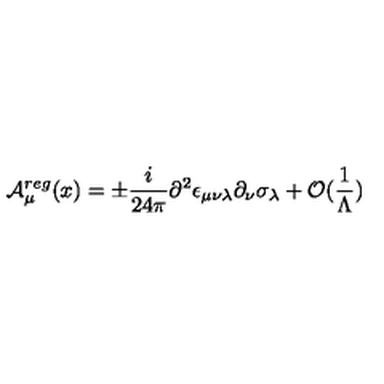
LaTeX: { \cal A } _ { \mu } ^ { r e g } ( x ) = \pm \frac { i } { 2 4 \pi } \partial ^ { 2 } \epsilon _ { \mu \nu \lambda } \partial _ { \nu } \sigma _ { \lambda } + { \cal O } ( \frac { 1 } { \Lambda } )